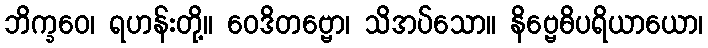
ဘိက္ခဝေ၊ ရဟန်းတို့။ ဝေဒိတဗ္ဗော၊ သိအပ်သော။ နိဗ္ဗေဓိပရိယာယော၊